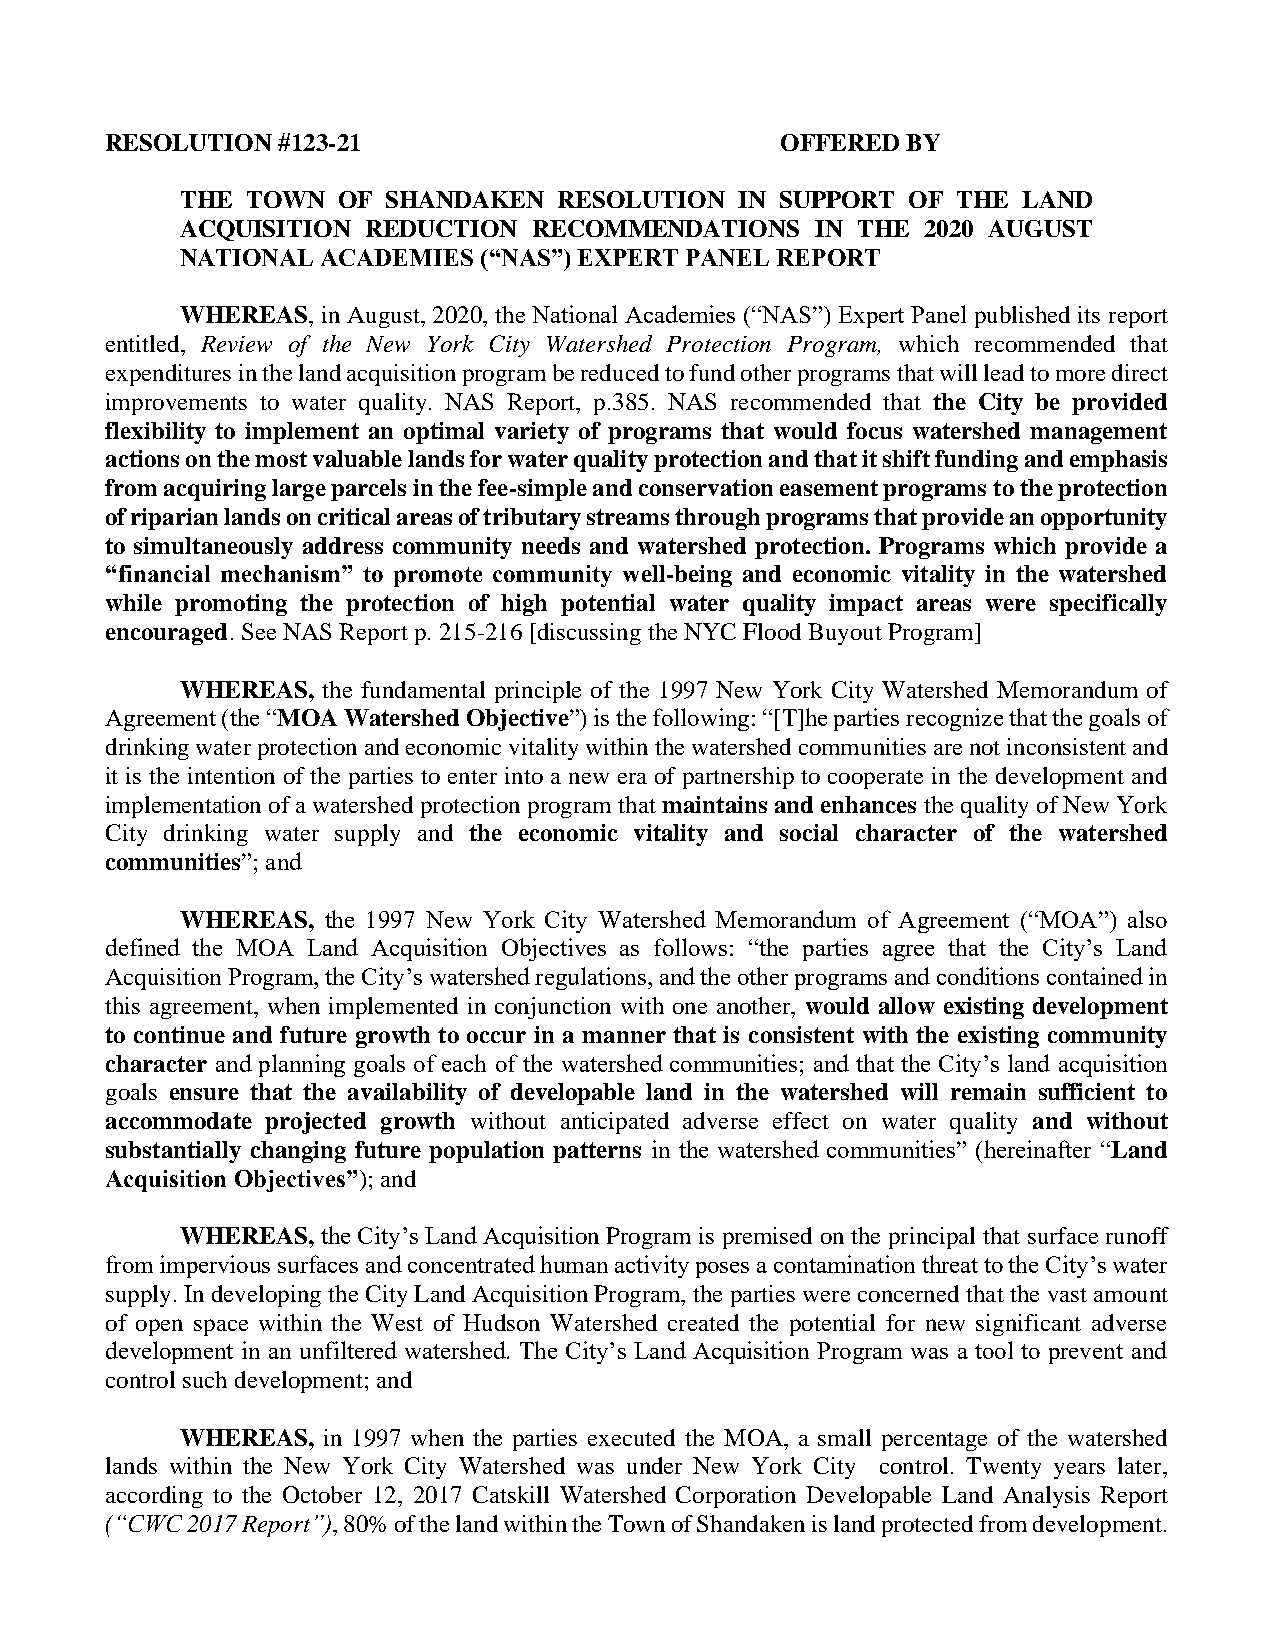
RESOLUTION #123-21                           OFFERED BY
 THE TOWN  OF  SHANDAKEN  RESOLUTION  IN SUPPORT OF THE  LAND
 ACQUISITION REDUCTION  RECOMMENDATIONS    IN THE 2020 AUGUST
 NATIONAL ACADEMIES  (“NAS”) EXPERT PANEL REPORT
 WHEREAS, in August, 2020, the National Academies (“NAS”) Expert Panel published its report
 entitled, Review of the New York City Watershed Protection Program, which recommended that
 expenditures in the land acquisition program be reduced to fund other programs that will lead to more direct
 improvements to water quality. NAS Report, p.385. NAS recommended that the City be provided
 flexibility to implement an optimal variety of programs that would focus watershed management
 actions on the most valuable lands for water quality protection and that it shift funding and emphasis
 from acquiring large parcels in the fee-simple and conservation easement programs to the protection
 of riparian lands on critical areas of tributary streams through programs that provide an opportunity
 to simultaneously address community needs and watershed protection. Programs which provide a
 “financial mechanism” to promote community well-being and economic vitality in the watershed
 while promoting the protection of high potential water quality impact areas were specifically
 encouraged. See NAS Report p. 215-216 [discussing the NYC Flood Buyout Program]
 WHEREAS, the fundamental principle of the 1997 New York City Watershed Memorandum of
 Agreement (the “MOA Watershed Objective”) is the following: “[T]he parties recognize that the goals of
 drinking water protection and economic vitality within the watershed communities are not inconsistent and
 it is the intention of the parties to enter into a new era of partnership to cooperate in the development and
 implementation of a watershed protection program that maintains and enhances the quality of New York
 City drinking water supply and the economic vitality and social character of the watershed
 communities”; and
 WHEREAS, the 1997 New York City Watershed Memorandum of Agreement (“MOA”) also
 defined the MOA Land Acquisition Objectives as follows: “the parties agree that the City’s Land
 Acquisition Program, the City’s watershed regulations, and the other programs and conditions contained in
 this agreement, when implemented in conjunction with one another, would allow existing development
 to continue and future growth to occur in a manner that is consistent with the existing community
 character and planning goals of each of the watershed communities; and that the City’s land acquisition
 goals ensure that the availability of developable land in the watershed will remain sufficient to
 accommodate projected growth without anticipated adverse effect on water quality and without
 substantially changing future population patterns in the watershed communities” (hereinafter “Land
 Acquisition Objectives”); and
 WHEREAS, the City’s Land Acquisition Program is premised on the principal that surface runoff
 from impervious surfaces and concentrated human activity poses a contamination threat to the City’s water
 supply. In developing the City Land Acquisition Program, the parties were concerned that the vast amount
 of open space within the West of Hudson Watershed created the potential for new significant adverse
 development in an unfiltered watershed. The City’s Land Acquisition Program was a tool to prevent and
 control such development; and
 WHEREAS, in 1997 when the parties executed the MOA, a small percentage of the watershed
 lands within the New York City Watershed was under New York City control. Twenty years later,
 according to the October 12, 2017 Catskill Watershed Corporation Developable Land Analysis Report
 (“CWC 2017 Report”), 80% of the land within the Town of Shandaken is land protected from development.